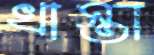
খাস্তা